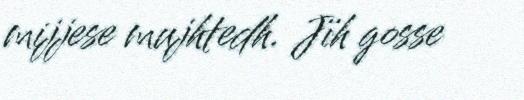
mijjese mujhtedh. Jïh gosse